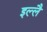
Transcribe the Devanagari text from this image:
इल्लै